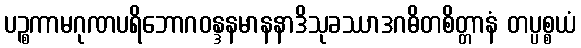
ပဉ္စကာမဂုဏပရိဘောဂဝန္ဒနမာနနာဒိသုခဿာဒဂဓိတစိတ္တာနံ တပ္ပစ္စယံ